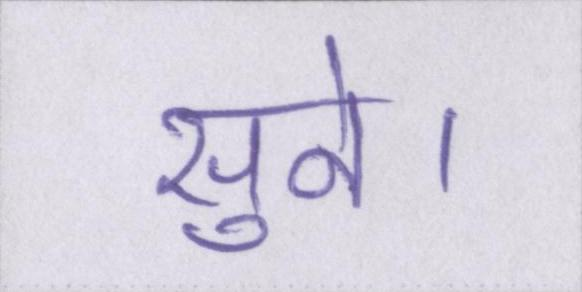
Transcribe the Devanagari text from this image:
सुने।